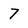
Character: 7